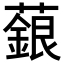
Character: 𬞵